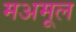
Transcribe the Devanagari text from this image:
मअमूल